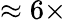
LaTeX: \approx 6\times